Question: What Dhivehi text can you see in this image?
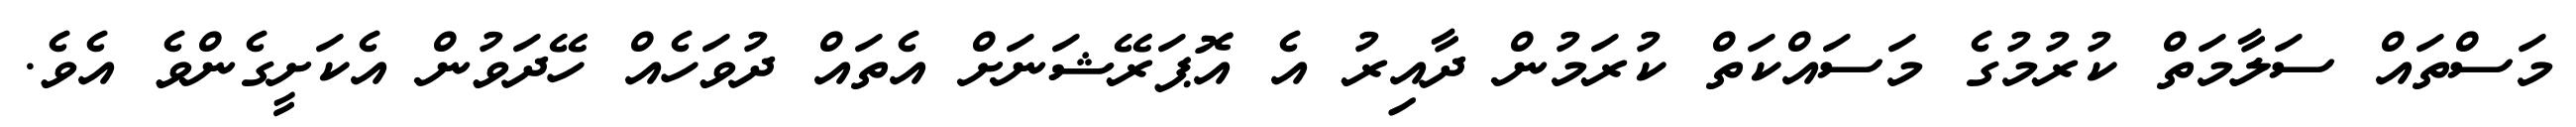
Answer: މަސްތައް ސަލާމަތް ކުރުމުގެ މަސައްކަތް ކުރަމުން ދާއިރު އެ އޮޕަރޭޝަނަށް އެތައް ދުވަހެއް ހޭދަވުން އެކަށީގެންވެ އެވެ.